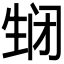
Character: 𬎵